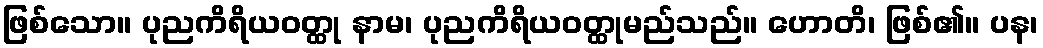
ဖြစ်သော။ ပုညကိရိယဝတ္ထု နာမ၊ ပုညကိရိယဝတ္ထုမည်သည်။ ဟောတိ၊ ဖြစ်၏။ ပန၊